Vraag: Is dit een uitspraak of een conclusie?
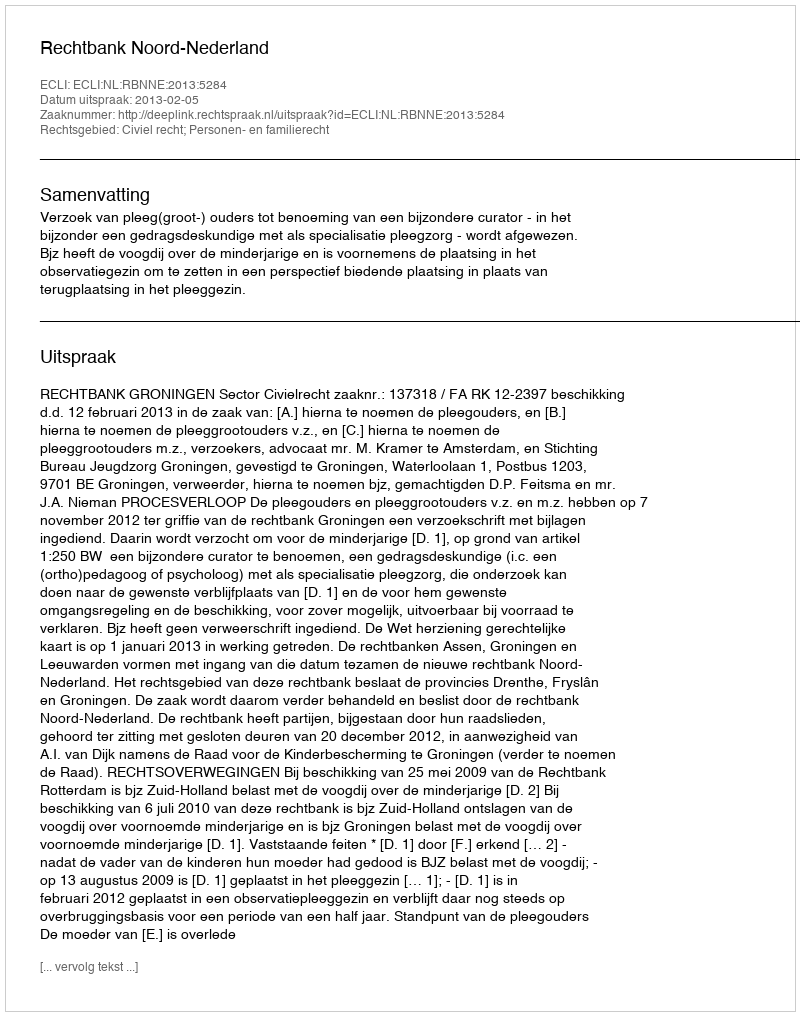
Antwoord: Uitspraak